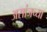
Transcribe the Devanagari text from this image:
असांजच्या